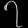
Digit: ၇